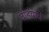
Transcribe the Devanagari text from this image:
वाडयांचे